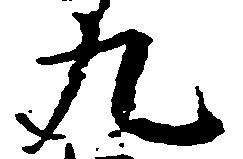
九